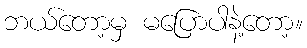
ဘယ်တော့မှ မပြောပါနဲ့တော့။